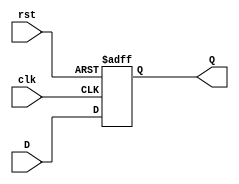
`timescale 1ns / 1ps
//////////////////////////////////////////////////////////////////////////////////
// Company: 
// Engineer: 
// 
// Design Name: 
// Module Name: DFlipFlop
// Project Name: 
// Target Devices: 
// Tool Versions: 
// Description: 
// 
// Dependencies: 
// 
// Revision:
// Revision 0.01 - File Created
// Additional Comments:
// 
//////////////////////////////////////////////////////////////////////////////////


module DFlipFlop (input clk, input rst, input D, output reg Q);
always @(posedge clk, posedge rst)
begin
if(rst)
  Q<=1'b0;
else
  Q<=D;
end
endmodule